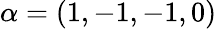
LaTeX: \alpha=(1,-1,-1,0)